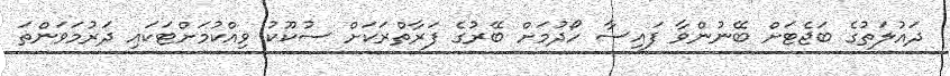
ދައުލަތުގެ ބަޖެޓަށް ބޭނުންވާ ފައިސާ ހޯދުމަށް ބޭރުގެ ފަރާތްރަކަށް ސުކޫކު ވިއްކުމަށްޓަކައި ދަރުމަވަންތަ